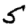
Digit: 5